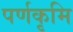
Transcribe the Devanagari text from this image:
पर्णकृमि